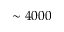
\sim 4 0 0 0